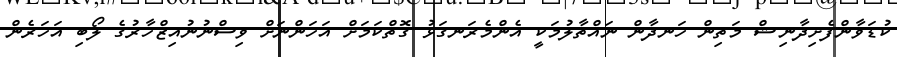
ކުޑަވާންފެށިދާނިޝް މަތިން ހަނދާން ނައްތާލުުމަކީ އެންމެރަނގަޅު ގޮތްކަމަށް އަހަންނަށް ވިސްނުނުއިޒްހާރުގެ ލޯބި އަހަރެން